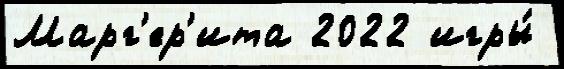
Марг'ер'ита 2022 игры́